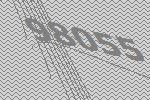
98055